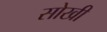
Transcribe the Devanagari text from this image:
सोखी